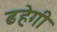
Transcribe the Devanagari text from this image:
ढहेगी